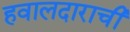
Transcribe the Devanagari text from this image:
हवालदाराची